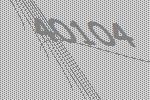
40104